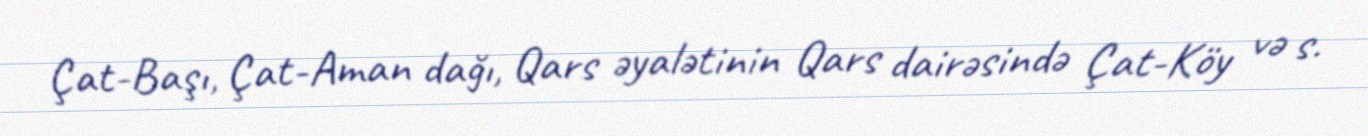
Çat-Başı, Çat-Aman dağı, Qars əyalətinin Qars dairəsində Çat-Köy və s.